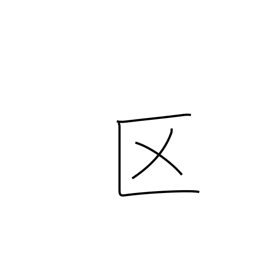
Meaning: ward